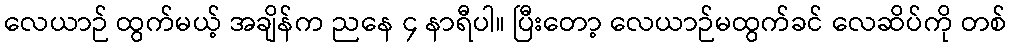
လေယာဉ် ထွက်မယ့် အချိန်က ညနေ ၄ နာရီပါ။ ပြီးတော့ လေယာဉ်မထွက်ခင် လေဆိပ်ကို တစ်